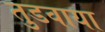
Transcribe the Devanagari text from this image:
तुडवाया